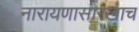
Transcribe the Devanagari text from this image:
नारायणासारखाच